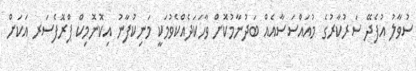
ސުވާލު އުފެދޭ ސަރުކާރުގެ މުއައްސަސާއެއް ބަދުނާމުކޮށް ވާހަކަދެއްކެވުމަކީ މަނިކުފާނު އިކޮނޮމިކް ޕްރޮފެސަރ އަކަށް